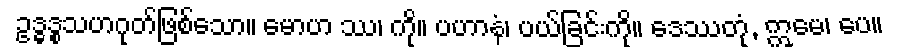
ဥဒ္ဓဒ္စသဟဂုတ်ဖြစ်သော။ မောဟ ဿ၊ ကို။ ပဟာနံ၊ ပယ်ခြင်းကို။ ဒေဿတုံ, ဣမေ၊ ပေ။